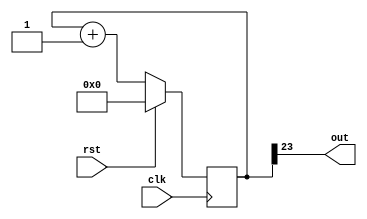
module blink (
    input clk,
    input rst,
    output out
    );
 
reg [23:0] counter_d, counter_q;
 
assign out = counter_q[23];
 
always @(counter_q) begin
    counter_d = counter_q + 1'b1;
end
 
always @(posedge clk) begin
    if (rst) begin
        counter_q <= 23'b0;
    end else begin
        counter_q <= counter_d;
    end
end
 
endmodule